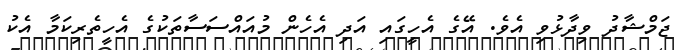
ޖަމްޝާދު ވިދާޅުވި އެވެ. އޭގެ އެހީގައި އަދި އެހެން މުއައްސަސާތަކުގެ އެހީތެރިކަމާ އެކު